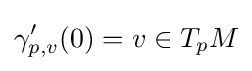
\gamma _{p,v}'(0)=v\in T_{p}M